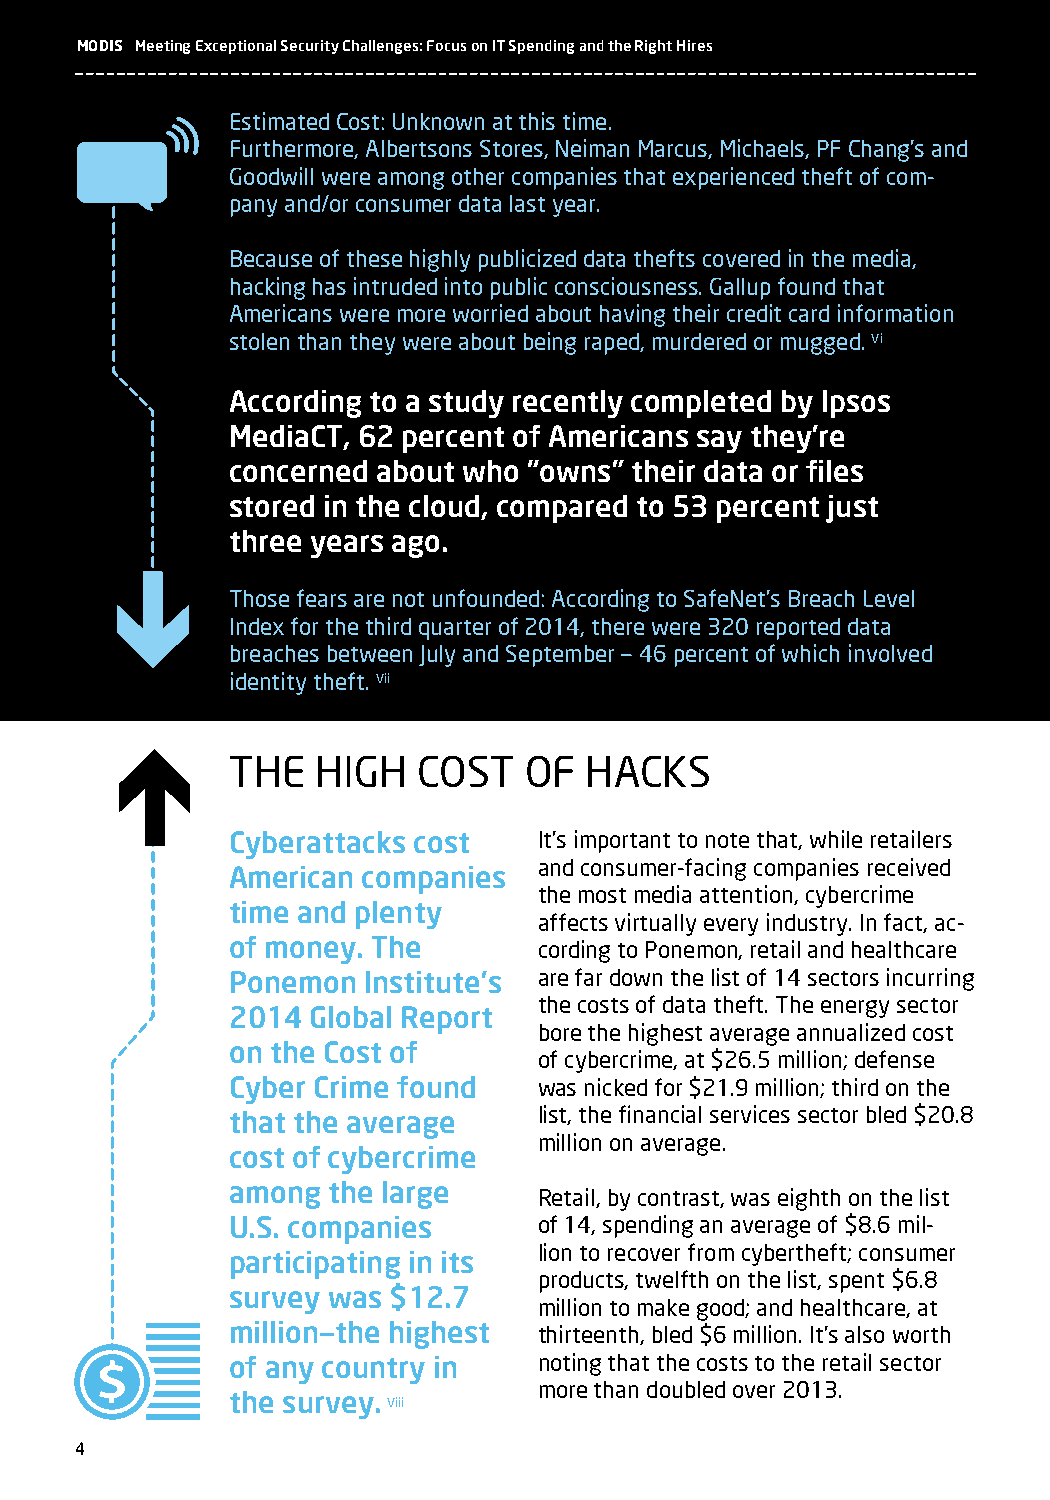
MODIS Meeting Exceptional Security Challenges: Focus on IT Spending and the Right Hires
 Estimated Cost: Unknown at this time.
 Furthermore, Albertsons Stores, Neiman Marcus, Michaels, PF Chang’s and
 Goodwill were among other companies that experienced theft of com-
 pany and/or consumer data last year.
 Because of these highly publicized data thefts covered in the media,
 hacking has intruded into public consciousness. Gallup found that
 Americans were more worried about having their credit card information
 stolen than they were about being raped, murdered or mugged. Vi
 According to a study recently completed by Ipsos
 MediaCT, 62 percent of Americans say they’re
 concerned about who “owns” their data or files
 stored in the cloud, compared to 53 percent just
 three years ago.
 Those fears are not unfounded: According to SafeNet’s Breach Level
 Index for the third quarter of 2014, there were 320 reported data
 breaches between July and September — 46 percent of which involved
 identity theft. Vii
 THE   HIGH   COST   OF  HACkS
 Cyberattacks cost    It’s important to note that, while retailers
 and consumer-facing companies received
 American companies
 the most media attention, cybercrime
 time and plenty
 affects virtually every industry. In fact, ac-
 of money. The        cording to Ponemon, retail and healthcare
 Ponemon  Institute’s are far down the list of 14 sectors incurring
 the costs of data theft. The energy sector
 2014  Global Report
 bore the highest average annualized cost
 on the Cost of
 of cybercrime, at $26.5 million; defense
 Cyber Crime found    was nicked for $21.9 million; third on the
 that the average     list, the financial services sector bled $20.8
 million on average.
 cost of cybercrime
 among  the large
 Retail, by contrast, was eighth on the list
 U.S. companies       of 14, spending an average of $8.6 mil-
 lion to recover from cybertheft; consumer
 participating in its
 products, twelfth on the list, spent $6.8
 survey was $12.7
 million to make good; and healthcare, at
 million—the highest  thirteenth, bled $6 million. It’s also worth
 of any country in    noting that the costs to the retail sector
 more than doubled over 2013.
 the survey.
 Viii
 4